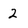
Character: 2